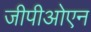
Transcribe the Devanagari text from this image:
जीपीओएन